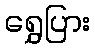
ရွှေပြား